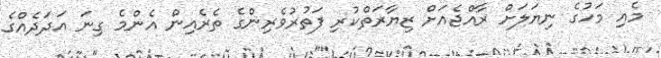
މެއި މަހުގެ ނިޔަލަށް ރާއްޖެއަށް ޒިޔާރަތްކުރި ފަތުރުވެރިންގެ ތެރެއިން އެންމެ ގިނަ އަދަދެއްގެ